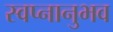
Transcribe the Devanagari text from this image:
स्वप्नानुभव